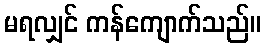
မရလျှင် ကန်ကျောက်သည်။